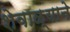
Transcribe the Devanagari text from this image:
शेवाळ्याने